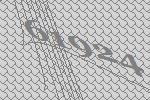
61924